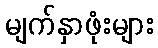
မျက်နှာဖုံးများ